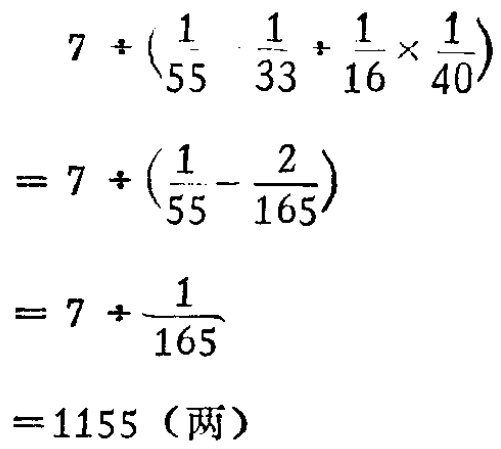
\[

\begin{align*}

&7\div(\frac{1}{55}-\frac{1}{33}+\frac{1}{16}\times\frac{1}{40})\\

=&7\div(\frac{1}{55}-\frac{2}{165})\\

=&7\div\frac{1}{165}\\

=&1155（两）

\end{align*}

\]